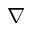
\nabla